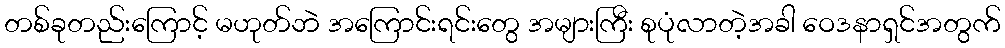
တစ်ခုတည်းကြောင့် မဟုတ်ဘဲ အကြောင်းရင်းတွေ အများကြီး စုပုံလာတဲ့အခါ ဝေဒနာရှင်အတွက်